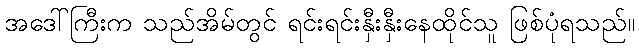
အဒေါ်ကြီးက သည်အိမ်တွင် ရင်းရင်းနှီးနှီးနေထိုင်သူ ဖြစ်ပုံရသည်။